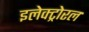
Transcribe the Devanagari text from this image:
इलेक्ट्रोरल